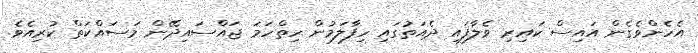
އެހެންވެގެން އައިސް ކައިރި ވެލާފައި ދެއަތުގައި ހިފާލަމުން ހިތްހަމަ ޖައްސައިދޭން މަސައްކަތް ކުރިއެވެ.